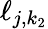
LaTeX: \ell_{j,k_{2}}